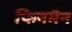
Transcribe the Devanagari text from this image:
फिनमैन